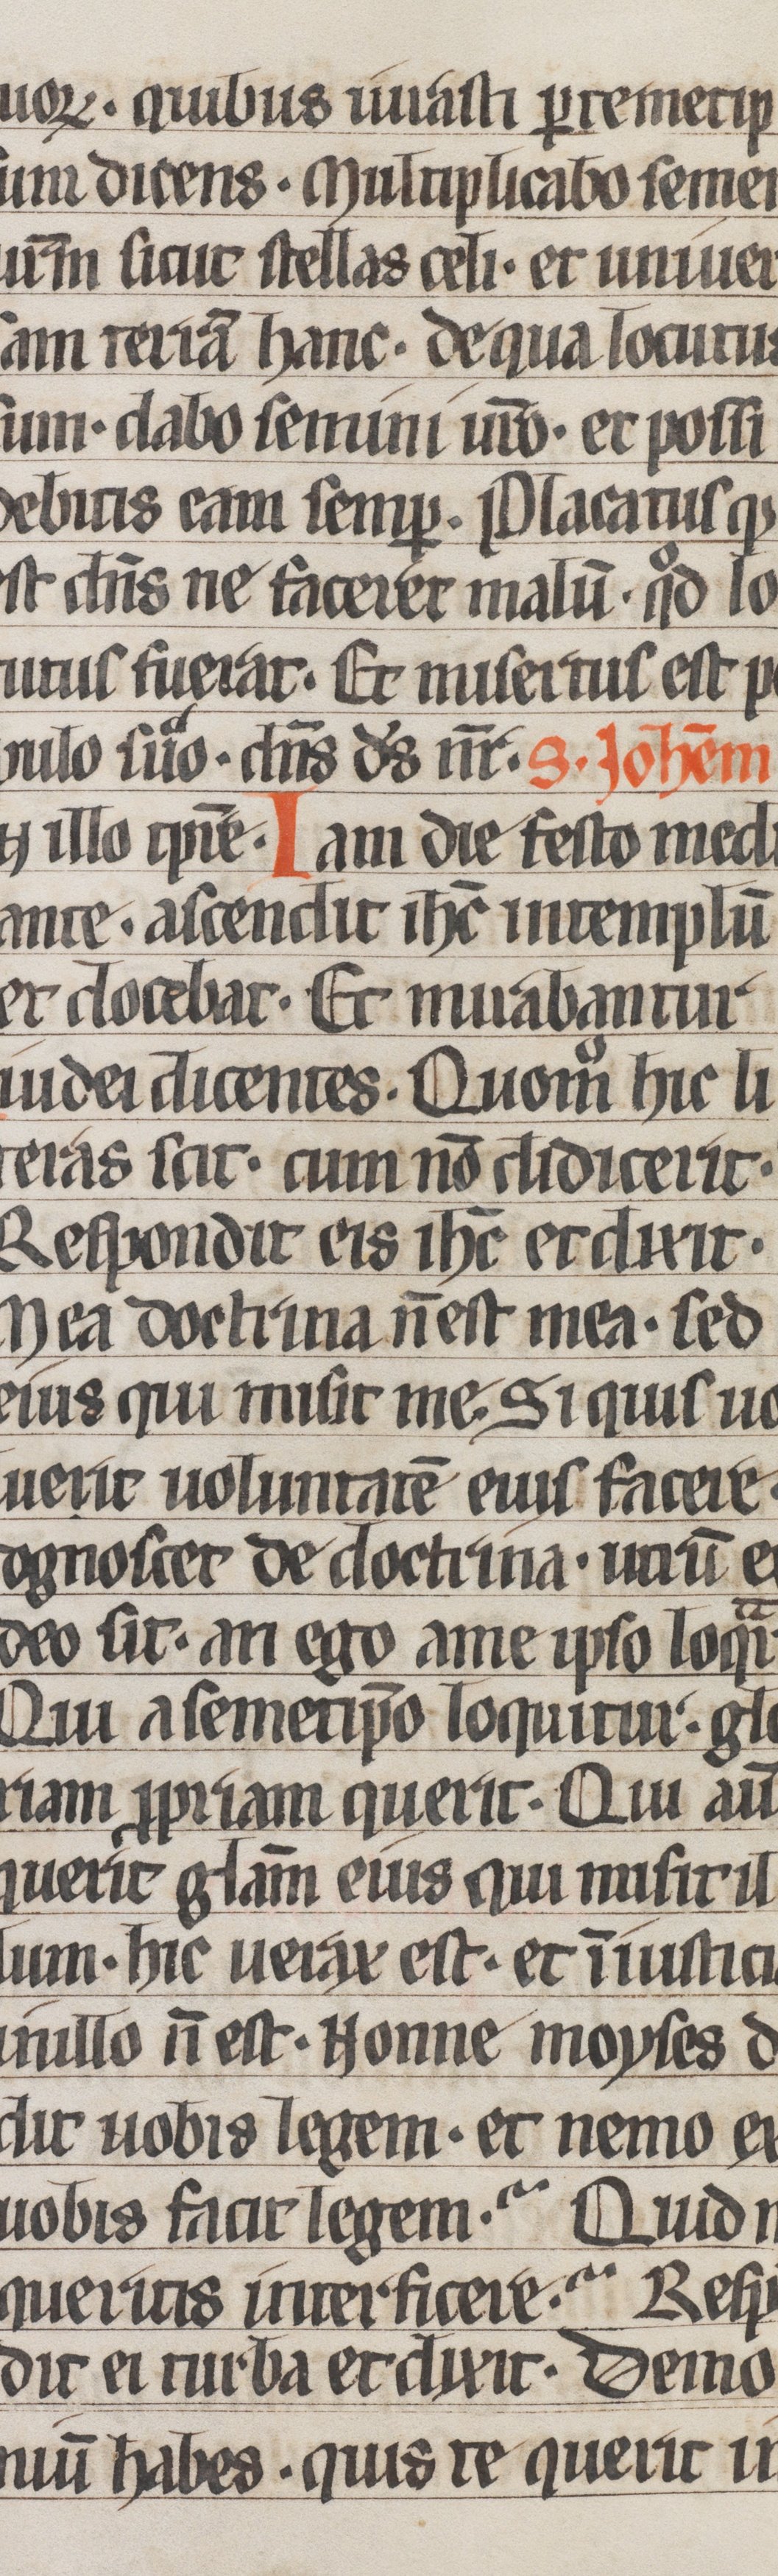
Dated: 1250–1299